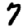
Digit: 7